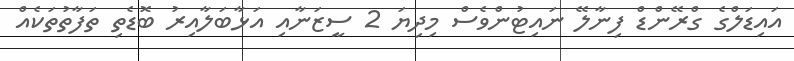
އައިޑަލްގެ ގްރޭންޑް ފިނާލޭ ނައިޓުންވެސް މިދިޔަ 2 ސީޒަނާއި އަޅާބަލާއިރު ބޮޑެތި ތަފާތުތަކެއް